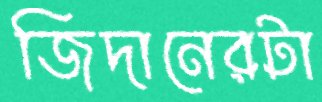
জিদানেরটা